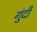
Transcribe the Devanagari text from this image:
गुंदी